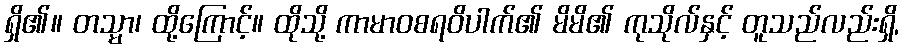
ရှိ၏။ တသ္မာ၊ ထို့ကြောင့်။ ထိုသို့ ကာမာဝစရဝိပါက်၏ မိမိ၏ ကုသိုလ်နှင့် တူသည်လည်းရှိ,